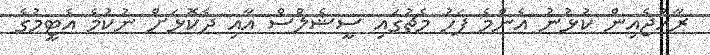
ރާއްޖެއިން ކުޅުނު އެންމެ ފަހު މެޗުގައި ސީޝެލްސް އާއި ދެކޮޅަށް ނުކުމެ އެޓީމުގެ